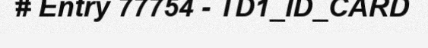
# Entry 77754 - TD1_ID_CARD